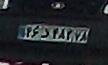
۳۶د۴۸۲۲۸